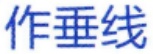
作垂线